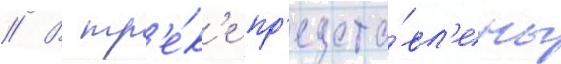
// В тр'е́к'е пр'едста́вл'ены